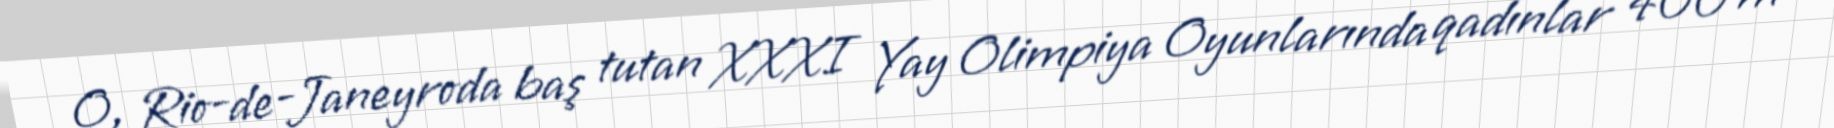
O, Rio-de-Janeyroda baş tutan XXXI Yay Olimpiya Oyunlarında qadınlar 400 m